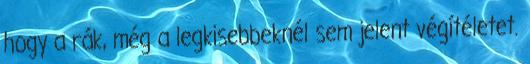
hogy a rák, még a legkisebbeknél sem jelent végítéletet.